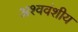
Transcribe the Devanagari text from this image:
अश्ववंशीय